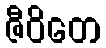
ဇီဝိတေ